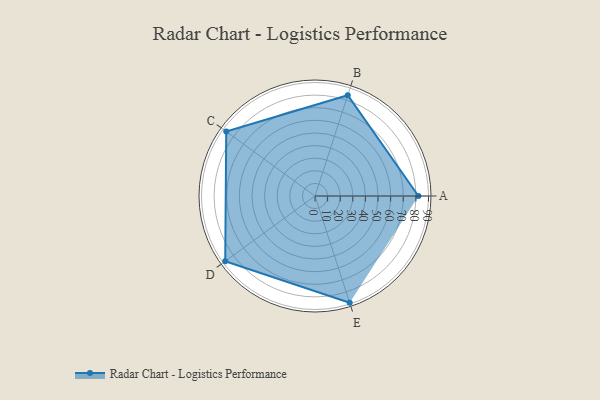
{"axis": {"x": "Skill", "y": "Score"}, "legend": ["Profile"], "data": [{"x": "A", "y": 82.0, "type": "Profile"}, {"x": "B", "y": 84.0, "type": "Profile"}, {"x": "C", "y": 87.0, "type": "Profile"}, {"x": "D", "y": 88.0, "type": "Profile"}, {"x": "E", "y": 89.0, "type": "Profile"}]}